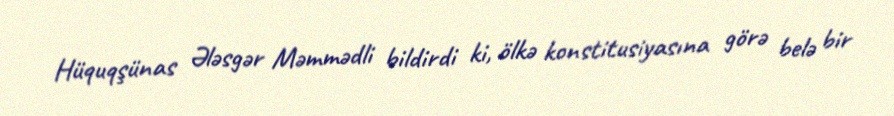
Hüquqşünas Ələsgər Məmmədli bildirdi ki, ölkə konstitusiyasına görə belə bir